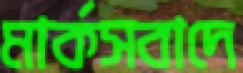
মার্কসবাদে